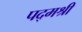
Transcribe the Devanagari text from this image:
पद्‌मश्री